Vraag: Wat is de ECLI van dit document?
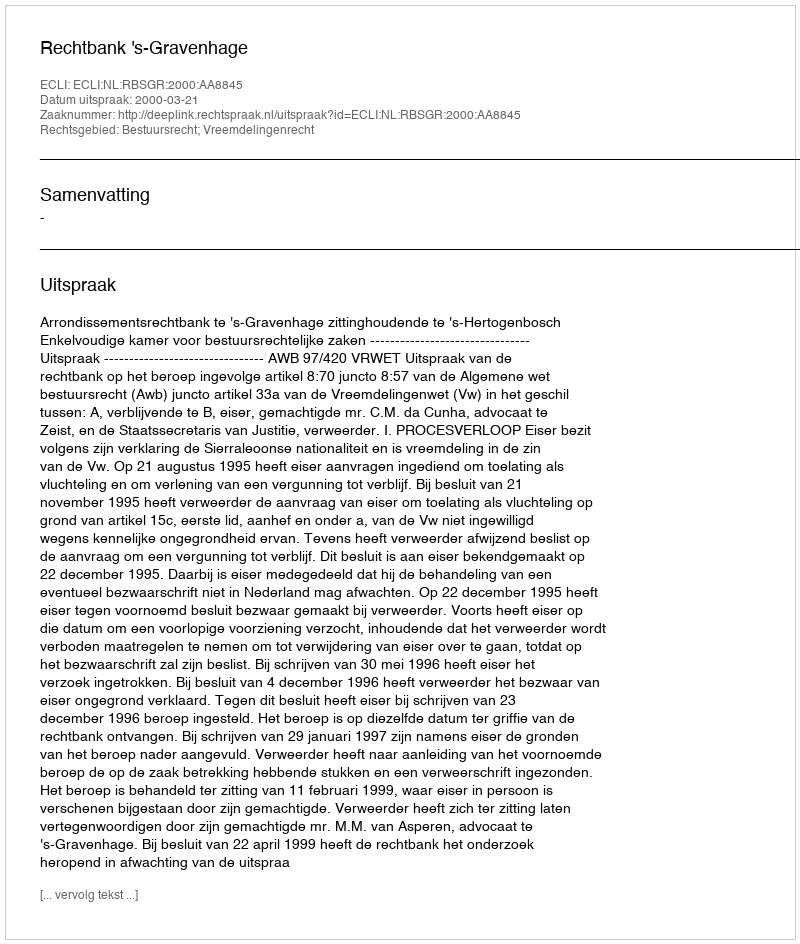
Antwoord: ECLI:NL:RBSGR:2000:AA8845